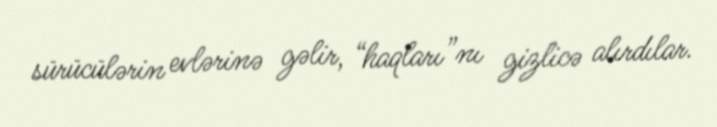
sürücülərin evlərinə gəlir, “haqları”nı gizlicə alırdılar.